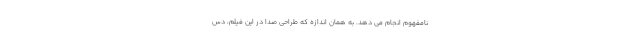
نامفهوم انجام می دهد. به همان اندازه که طراحی صدا در این فیلم، دس